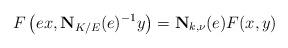
LaTeX: \begin{align*}F\left(ex, \mathbf{N}_{K/E}(e)^{-1}y\right) = \mathbf{N}_{k, \nu}(e)F(x, y)\end{align*}